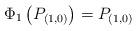
LaTeX: \begin{align*}\Phi_1\left(P_{(1,0)}\right) = P_{(1,0)}\end{align*}